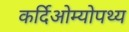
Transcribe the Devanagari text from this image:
कर्दिओम्योपथ्य